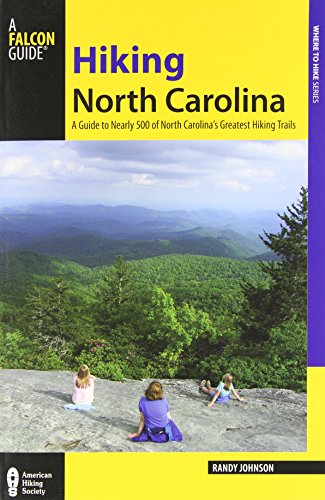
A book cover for Hiking North Carolina: A Guide To Nearly 500 Of North Carolina's Greatest Hiking Trails (State Hiking Guides Series); Randy Johnson; Sports & Outdoors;